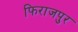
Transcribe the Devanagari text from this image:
फिराजपुर